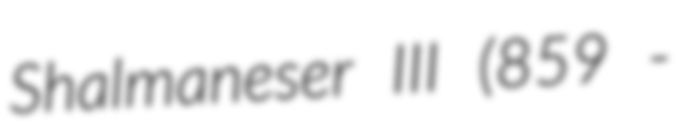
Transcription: Shalmaneser III (859 -